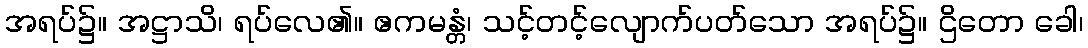
အရပ်၌။ အဋ္ဌာသိ၊ ရပ်လေ၏။ ဧကမန္တံ၊ သင့်တင့်လျောက်ပတ်သော အရပ်၌။ ဌိတော ခေါ၊